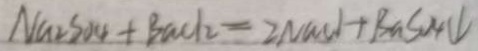
N a _ { 2 } S _ { 4 } + B a C l _ { 2 } = 2 N a C l + B a S O _ { 4 } \downarrow